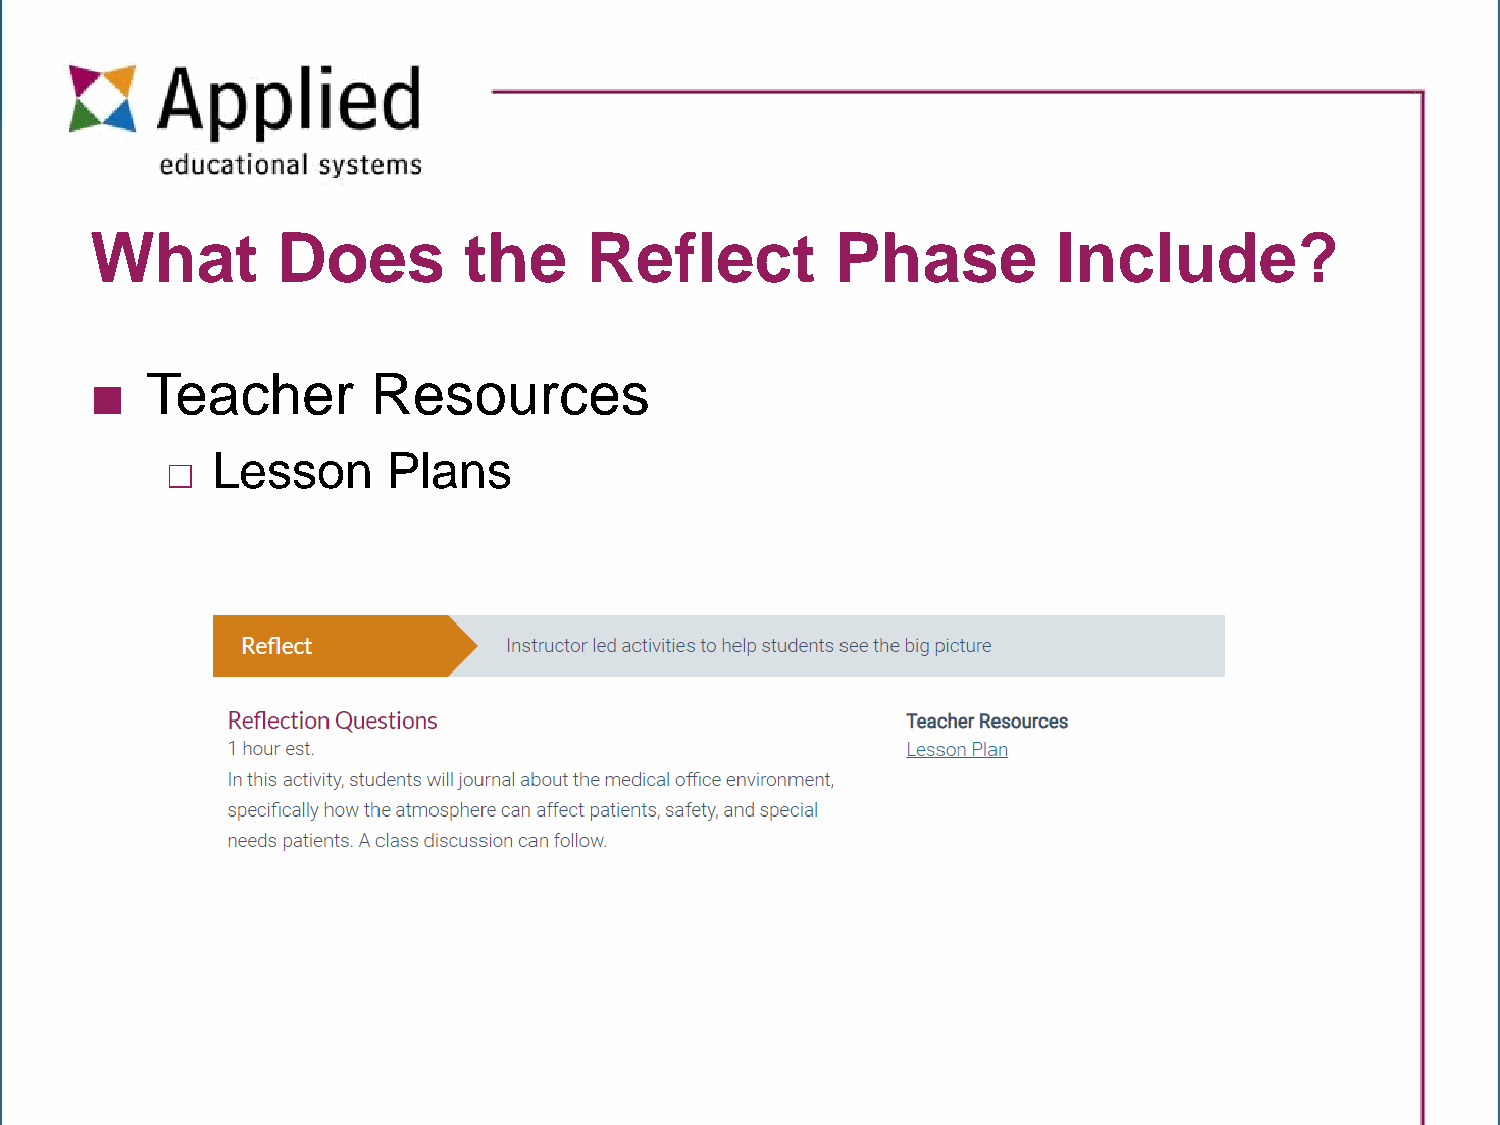
What        Does         the     Reflect         Phase          Include?
 ■   Teacher        Resources
 □  Lesson      Plans